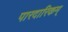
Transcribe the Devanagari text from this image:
पारदारिकम्